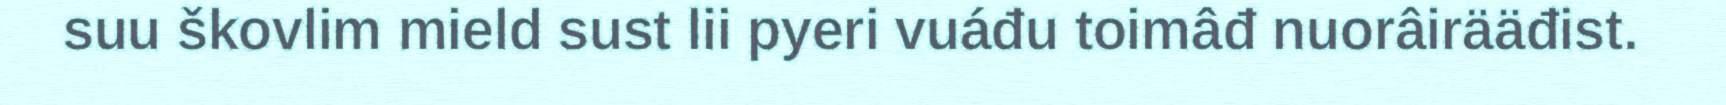
suu škovlim mield sust lii pyeri vuáđu toimâđ nuorâirääđist.